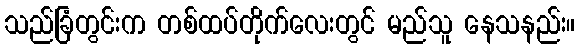
သည်ခြံတွင်းက တစ်ထပ်တိုက်လေးတွင် မည်သူ နေသနည်း။